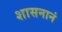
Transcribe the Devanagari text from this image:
शासनानं